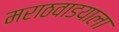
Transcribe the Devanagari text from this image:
मराठवाडयाला